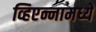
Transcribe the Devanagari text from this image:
व्हिएन्नामध्ये